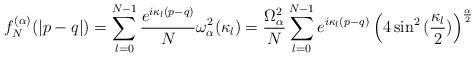
LaTeX: \begin{align*} f_N^{(\alpha)}(|p-q|) = \sum_{l=0}^{N-1} \frac{e^{i\kappa_l(p-q)}}{N}\omega_{\alpha}^2(\kappa_l) = \frac{\Omega_{\alpha}^2}{N}\sum_{l=0}^{N-1} e^{i\kappa_l(p-q)} \left(4\sin^2{(\frac{\kappa_l}{2}})\right)^{\frac{\alpha}{2}}\end{align*}